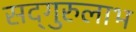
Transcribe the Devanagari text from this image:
सद्‌गुरुलाभ